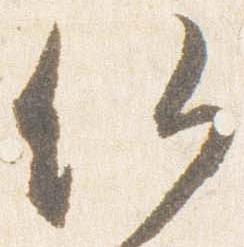
仏